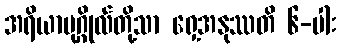
အရိယာပုဂ္ဂိုလ်တို့သာ ရှေ့အနုဿတိ ၆-ပါး